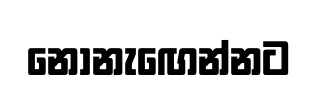
නොනැඟෙන්නට